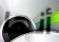
أنها